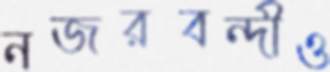
নজরবন্দীও